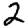
Digit: 2